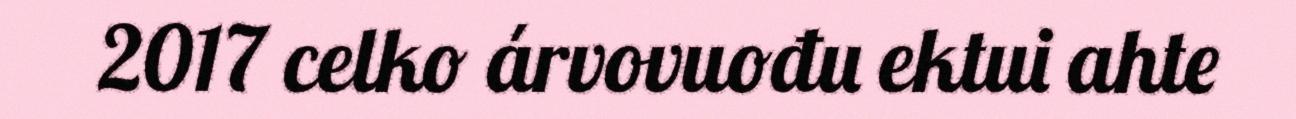
2017 celko árvovuođu ektui ahte